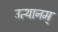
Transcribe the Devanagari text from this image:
उत्थानम्